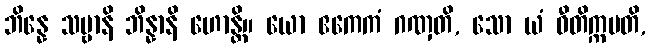
ဘိန္နေ သဗ္ဗာနိ ဘိန္နာနိ ဟောန္တိ။ ယော ဧကေကံ ဂဏှတိ, သော ယံ ဝီတိက္ကမတိ,